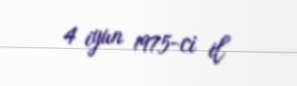
4 iyun 1975-ci il